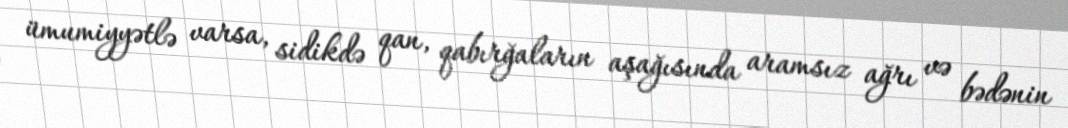
ümumiyyətlə varsa, sidikdə qan, qabırğaların aşağısında aramsız ağrı və bədənin